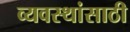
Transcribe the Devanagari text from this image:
व्यवस्थांसाठी